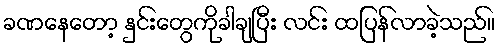
ခဏနေတော့ နှင်းတွေကိုခါချပြီး လင်း ထပြန်လာခဲ့သည်။